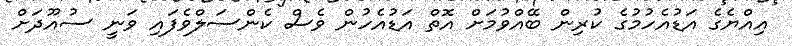
އިއްޔެގެ އަޑުއެހުމުގެ ކުރިން ބޭއްވުމަށް އޮތް އަޑުއެހުން ވެސް ކެންސަލްވެފައި ވަނީ ސުއޫދަށް